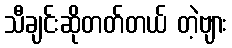
သီချင်းဆိုတတ်တယ် တဲ့ဗျား